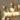
للخبز